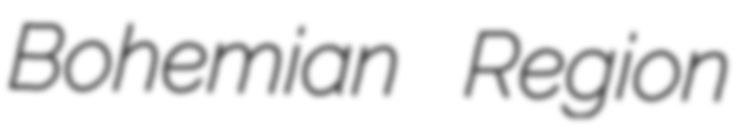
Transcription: Bohemian Region